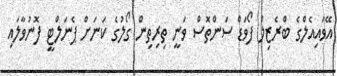
އޭވައިއެލްގެ ބްރެޒިލް ފޯވަޑް ސަންތޮސް ވަނީ ތިރިތިން ގޯލުގެ ކަނަށް ޕެނަލްޓީ ފޮނުވާލައި